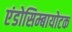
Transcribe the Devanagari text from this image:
एंडोसिम्बायोटक